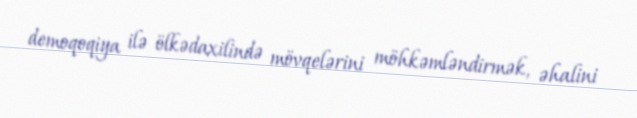
demoqoqiya ilə ölkədaxilində mövqelərini möhkəmləndirmək, əhalini